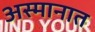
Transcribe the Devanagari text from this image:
अस्मानात